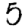
Digit: 5